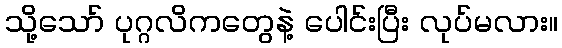
သို့သော် ပုဂ္ဂလိကတွေနဲ့ ပေါင်းပြီး လုပ်မလား။